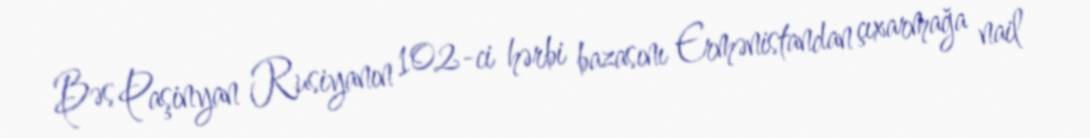
Bəs Paşinyan Rusiyanın 102-ci hərbi bazasını Ermənistandan çıxarmağa nail